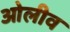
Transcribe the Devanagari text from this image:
ओलीव